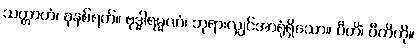
သတ္တာဟံ၊ ခုနစ်ရက်။ ဗုဒ္ဓါရမ္မဏံ၊ ဘုရားလျှင်အာရုံရှိသော။ ပီတိံ၊ ပီတိကို။